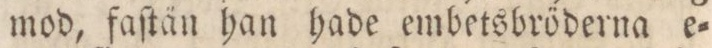
mod, faſtän han hade embetsbröderna e=